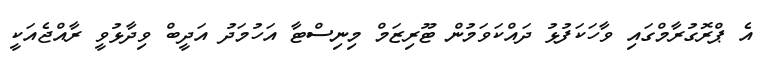
އެ ޕްރޮގުރާމްގައި ވާހަކަފުޅު ދައްކަވަމުން ޓޫރިޒަމް މިނިސްޓާ އަހުމަދު އަދީބް ވިދާޅުވީ ރާއްޖެއަކީ